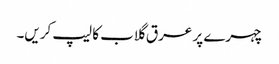
چہرے پر عرق گلاب کا لیپ کریں۔